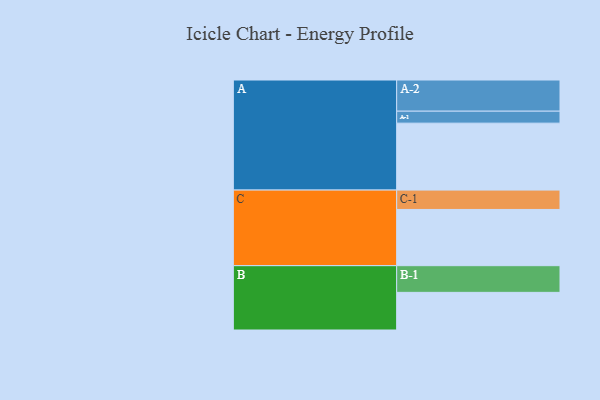
{"axis": {"x": "Segment", "y": "Value"}, "legend": ["", "A", "B", "C"], "data": [{"x": "A", "y": 569, "type": ""}, {"x": "B", "y": 320, "type": ""}, {"x": "C", "y": 478, "type": ""}, {"x": "A-1", "y": 102, "type": "A"}, {"x": "A-2", "y": 265, "type": "A"}, {"x": "B-1", "y": 227, "type": "B"}, {"x": "C-1", "y": 165, "type": "C"}]}